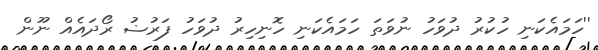
''ހަމައެކަނި ހުކުރު ދުވަހު ނުވަތަ ހަމައެކަނި ހޮނިހިރު ދުވަހު ފަރުޟު ރޯދައެއް ނޫން